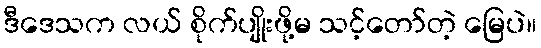
ဒီဒေသက လယ် စိုက်ပျိုးဖို့မ သင့်တော်တဲ့ မြေပဲ။